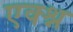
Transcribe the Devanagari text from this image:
एक्श्न